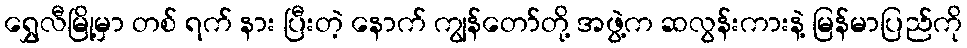
ရွှေလီမြို့မှာ တစ် ရက် နား ပြီးတဲ့ နောက် ကျွန်တော်တို့ အဖွဲ့က ဆလွန်းကားနဲ့ မြန်မာပြည်ကို